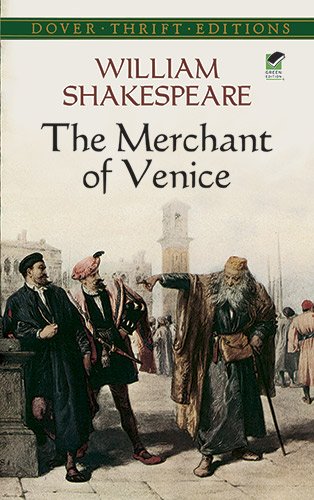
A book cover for The Merchant of Venice (Dover Thrift Editions); William Shakespeare; Literature & Fiction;